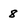
Character: 8